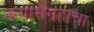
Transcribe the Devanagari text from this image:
कथासंग्रहाचा